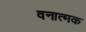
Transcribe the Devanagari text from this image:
वनात्मक